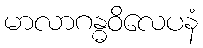
မာလာဂန္ဓဝိလေပနံ